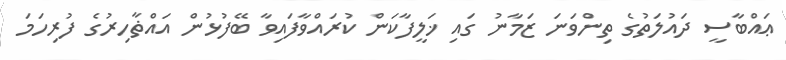
ޢައްބާސީ ދައުލަތުގެ ތިންވަނަ ޒަމާނު ގައި ޚަލީފާކަން ކުރައްވާފައިވާ ބޭފުޅުން އައްޡާހިރުގެ ފުރިހަމަ